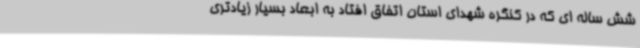
شش ساله ای که در کنگره شهدای استان اتفاق افتاد به ابعاد بسیار زیادتری